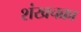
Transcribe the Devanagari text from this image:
शंखचक्रा